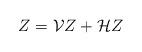
LaTeX: \begin{align*}Z=\mathcal{V}Z+\mathcal{H}Z \end{align*}